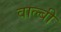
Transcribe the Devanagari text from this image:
वाल्बी